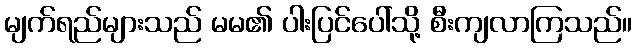
မျက်ရည်များသည် မမ၏ ပါးပြင်ပေါ်သို့ စီးကျလာကြသည်။